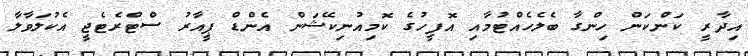
އިދާރީ ކަންކަން ހިންގާ ބެލެހެއްޓުމާއި އޮފީހުގެ ކޮމިއުނިކޭޝަން އެންޑް ޕީއާރު ސްޓްރެޓެޖީ އެކުލަވާލާ